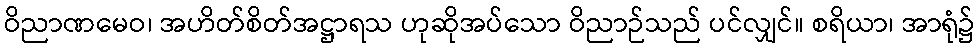
ဝိညာဏမေဝ၊ အဟိတ်စိတ်အဋ္ဌာရသ ဟုဆိုအပ်သော ဝိညာဉ်သည် ပင်လျှင်။ စရိယာ၊ အာရုံ၌